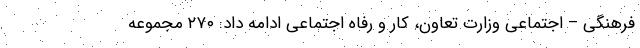
فرهنگی – اجتماعی وزارت تعاون، کار و رفاه اجتماعی ادامه داد: ۲۷۰ مجموعه